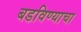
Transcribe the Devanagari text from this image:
बडविण्याचा